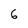
Character: 6